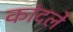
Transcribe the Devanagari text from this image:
कांदले